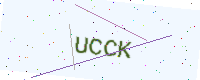
Text: UCCK